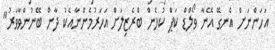
އަހަންނަށް އެނގޭ އޭނާ ވޯލްޑް ކަޕް ކުޅެން ބްރެޒިލަށް އަހަރުމެންނާއެކު ދާން ބޭނުންވާވަރު"